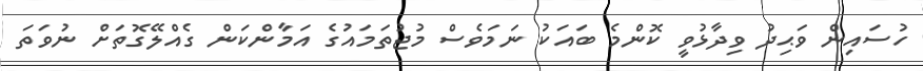
ހުސައިން ވަޙިދު ވިދާޅުވީ ކޮންމެ ބައަކު ނަމަވެސް މުޖުތަމައުގެ އަމާންކަން ގެއްލޭގޮތަށް ނުވަތަ